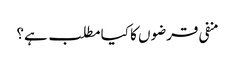
منفی قرضوں کا کیا مطلب ہے؟